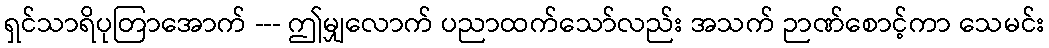
ရှင်သာရိပုတြာအောက် --- ဤမျှလောက် ပညာထက်သော်လည်း အသက် ဉာဏ်စောင့်ကာ သေမင်း